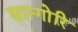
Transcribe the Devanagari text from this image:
सान्गोरि